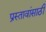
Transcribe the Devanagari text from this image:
प्रस्तावांसाठी